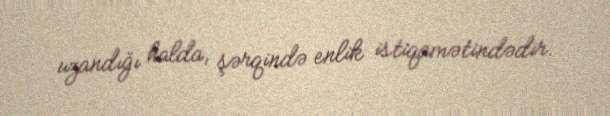
uzandığı halda, şərqində enlik istiqamətindədir.